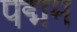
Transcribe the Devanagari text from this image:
पद्मम